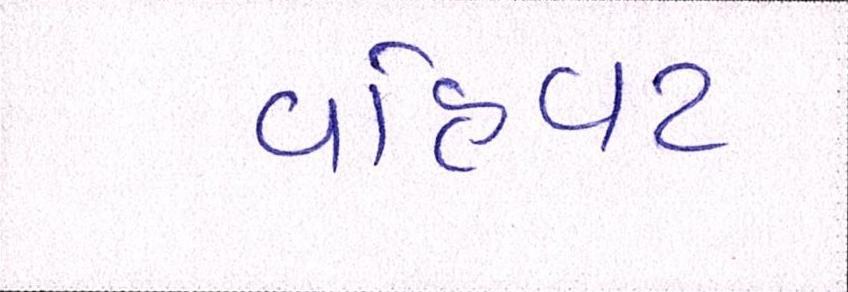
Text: વહિવટ